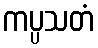
ကပ္ပသတံ